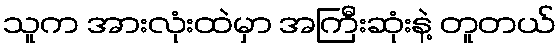
သူက အားလုံးထဲမှာ အကြီးဆုံးနဲ့ တူတယ်